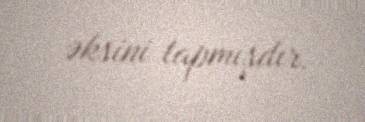
əksini tapmışdır.